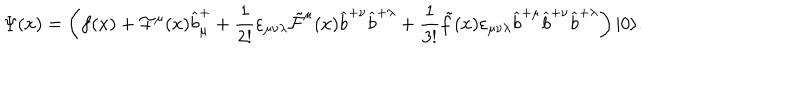
\Psi ( x ) = \left( f ( x ) + { \cal F } ^ { \mu } ( x ) \widehat { b } _ { \mu } ^ { + } + \frac { 1 } { 2 ! } \varepsilon _ { \mu \nu \lambda } { \tilde { \cal F } } ^ { \mu } ( x ) \widehat { b } ^ { + \nu } \widehat { b } ^ { + \lambda } + \frac { 1 } { 3 ! } \tilde { f } ( x ) \varepsilon _ { \mu \nu \lambda } \widehat { b } ^ { + \mu } \widehat { b } ^ { + \nu } \widehat { b } ^ { + \lambda } \right) | 0 \rangle .